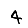
Digit: 4